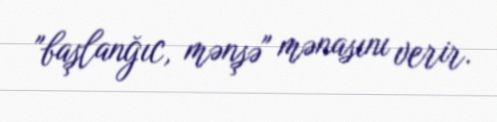
"başlanğıc, mənşə" mənasını verir.